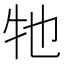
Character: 牠